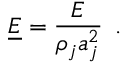
\underline { { E } } = \frac { E } { \rho _ { j } a _ { j } ^ { 2 } } \, \mathrm { ~ . ~ }